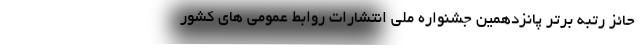
حائز رتبه برتر پانزدهمین جشنواره ملی انتشارات روابط عمومی های کشور